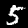
Label: 5